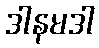
ဒါနမဒါ